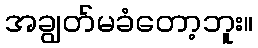
အချွတ်မခံတော့ဘူး။